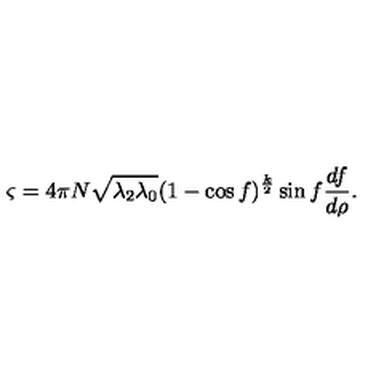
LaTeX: \varsigma = 4 \pi N \sqrt { \lambda _ { 2 } \lambda _ { 0 } } ( 1 - \cos f ) ^ { \frac { k } { 2 } } \sin f \frac { d f } { d \rho } .